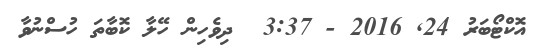
އޮކްޓޯބަރު 24